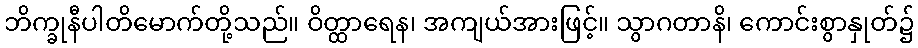
ဘိက္ခုနီပါတိမောက်တို့သည်။ ဝိတ္ထာရေန၊ အကျယ်အားဖြင့်။ သွာဂတာနိ၊ ကောင်းစွာနှုတ်၌